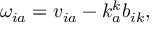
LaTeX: \omega _ { i a } = v _ { i a } - k _ { a } ^ { k } b _ { i k } ,